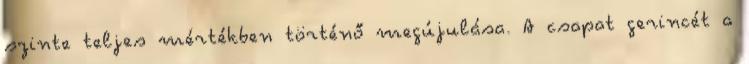
szinte teljes mértékben történő megújulása. A csapat gerincét a